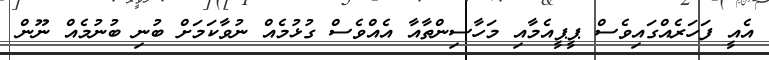
އެއީ ފަހަރެއްގައިވެސް ޕީޕީއެމާއި މަހާސިންތާއާ އެއްވެސް ގުޅުމެއް ނުވާކަމަށް ބުނި ބުނުމެއް ނޫން